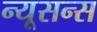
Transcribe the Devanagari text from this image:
न्यूसन्स